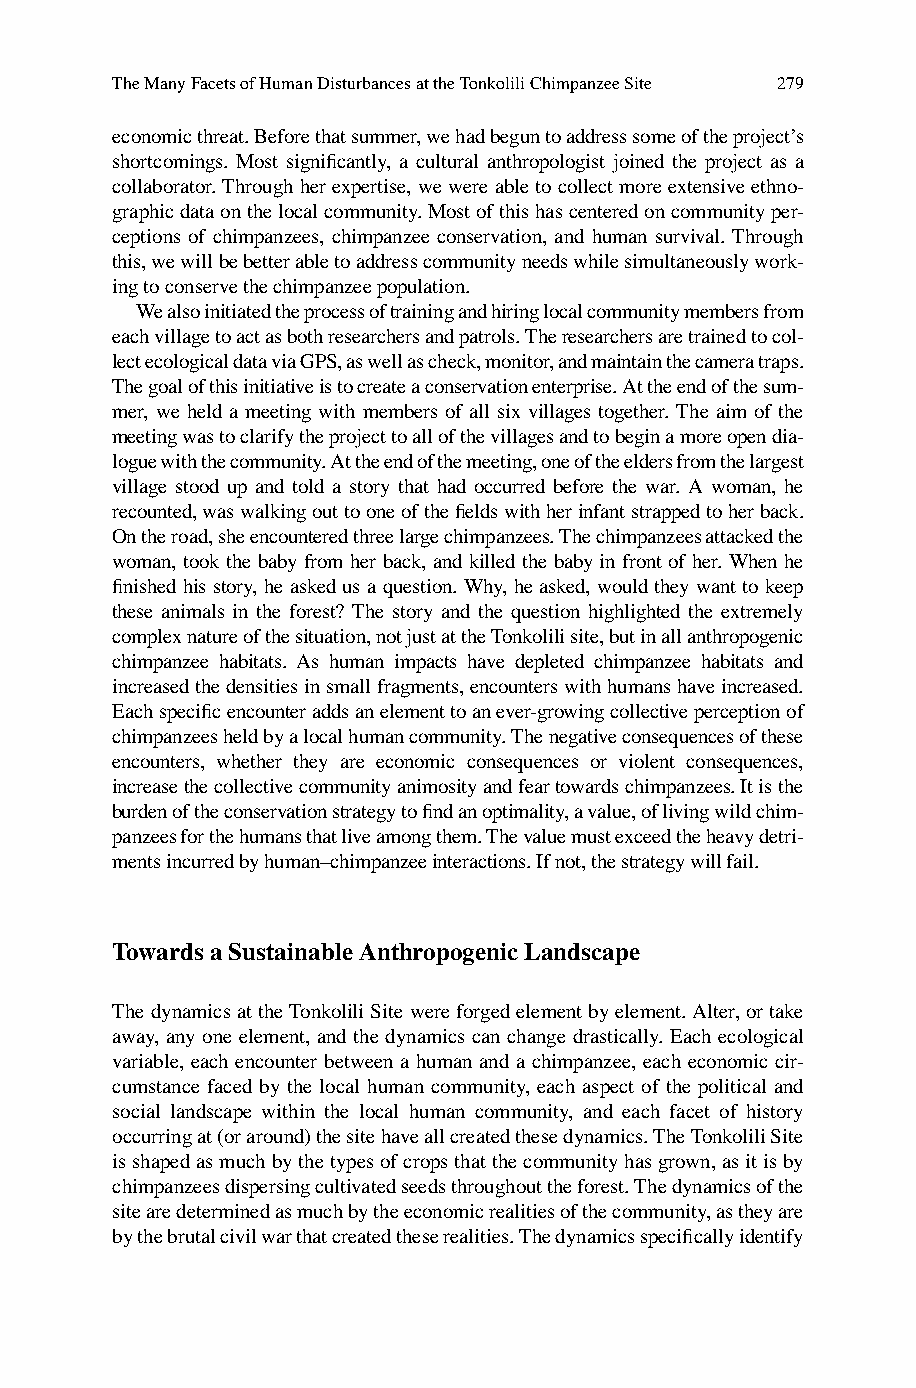
The Many Facets of Human Disturbances at the Tonkolili Chimpanzee Site 279
 economic threat. Before that summer, we had begun to address some of the project’s
 shortcomings. Most signifi cantly, a cultural anthropologist joined the project as a
 collaborator. Through her expertise, we were able to collect more extensive ethno-
 graphic data on the local community. Most of this has centered on community per-
 ceptions of c himpanzees, chimpanzee conservation, and human survival. Through
 this, we will be better able to address community needs while simultaneously work-
 ing to conserve the chimpanzee population.
 W e also initiated the process of training and hiring local community members from
 each village to act as both researchers and patrols. The researchers are trained to col-
 lect ecological data via GPS, as well as check, monitor, and maintain the camera traps.
 The goal of this initiative is to create a conservation enterprise. At the end of the sum-
 mer, we held a meeting with members of all six villages together. The aim of the
 meeting was to clarify the project to all of the villages and to begin a more open dia-
 logue with the community. At the end of the meeting, one of the elders from the largest
 village stood up and told a story that had occurred before the war. A woman, he
 recounted, was walking out to one of the fi elds with her infant strapped to her back.
 On the road, she encountered three large chimpanzees . The chimpanzees attacked the
 woman, took the baby from her back, and killed the baby in front of her. When he
 fi nished his story, he asked us a question. Why, he asked, would they want to keep
 these animals in the forest? The story and the question highlighted the extremely
 complex nature of the situation, not just at the Tonkolili site, but in all anthropogenic
 chimpanzee habitats. As human impacts have depleted chimpanzee habitats and
 increased the densities in small fragments, encounters with humans have increased.
 Each specifi c encounter adds an element to an ever-growing collective perception of
 c himpanzees held by a local human community. The negative consequences of these
 encounters, whether they are economic consequences or violent consequences,
 increase the collective community animosity and fear towards c himpanzees. It is the
 burden of the conservation strategy to fi nd an optimality, a value, of living wild c him-
 panzees for the humans that live among them. The value must exceed the heavy detri-
 ments incurred by human–chimpanzee interactions. If not, the strategy will fail.
 Towards a Sustainable Anthropogenic Landscape
 The dynamics at the Tonkolili Site were forged element by element. Alter, or take
 away, any one element, and the dynamics can change drastically. Each ecological
 variable, each encounter between a human and a chimpanzee, each economic cir-
 cumstance faced by the local human community, each aspect of the political and
 social landscape within the local human community, and each facet of history
 occurring at (or around) the site have all created these dynamics. The Tonkolili Site
 is shaped as much by the types of crops that the community has grown, as it is by
 chimpanzees dispersing cultivated seeds throughout the forest. The dynamics of the
 site are determined as much by the economic realities of the community, as they are
 by the brutal civil war that created these realities. The dynamics specifi cally identify